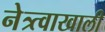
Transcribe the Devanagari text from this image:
नेत्र्त्वाखाली